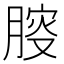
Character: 𰮾